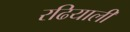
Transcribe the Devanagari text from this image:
रढियाली